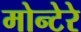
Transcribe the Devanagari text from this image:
मोन्टेरे